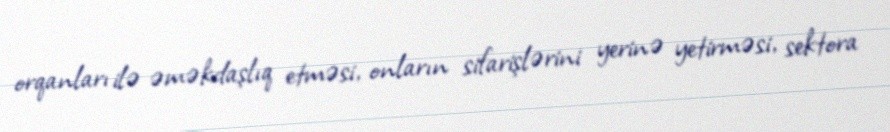
orqanları ilə əməkdaşlıq etməsi, onların sifarişlərini yerinə yetirməsi, sektora